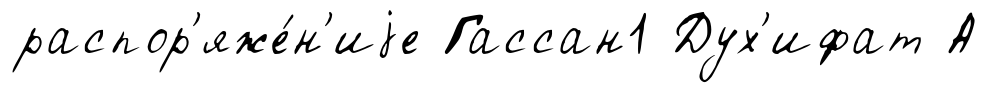
распор'яже́н'иjе Гассан1 Дух'ифат А